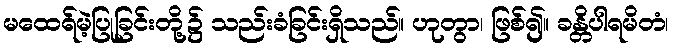
မထေရ်မဲ့ပြုခြင်းတို့၌ သည်းခံခြင်းရှိသည်။ ဟုတွာ၊ ဖြစ်၍။ ခန္တိပါရမိတံ၊